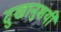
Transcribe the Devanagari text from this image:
दुखानुशयी